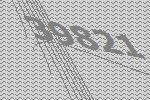
39821